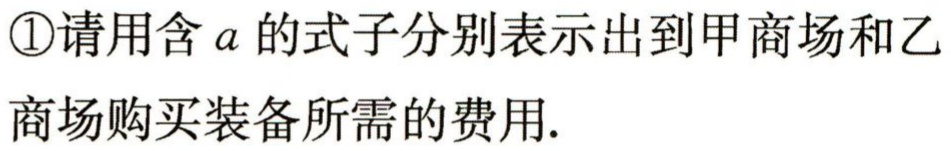
\textcircled{1}请用含\(a\)的式子分别表示出到甲商场和乙商场购买装备所需的费用.